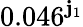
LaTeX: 0.046^{\mathbf{j}_{1}}